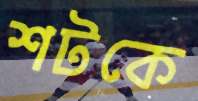
শটকে